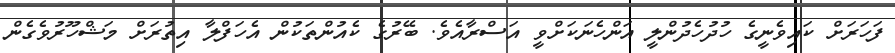
ފަހަރަށް ކައިވެނީގެ ހުދުހެދުންލީ އަންހެނަކަށްވީ އަސްރާއެވެ. ބޭރުގެ ކެއުންތަކުން އެހަފްލާ އިތުރަށް މަޝްހޫރުވެގެން